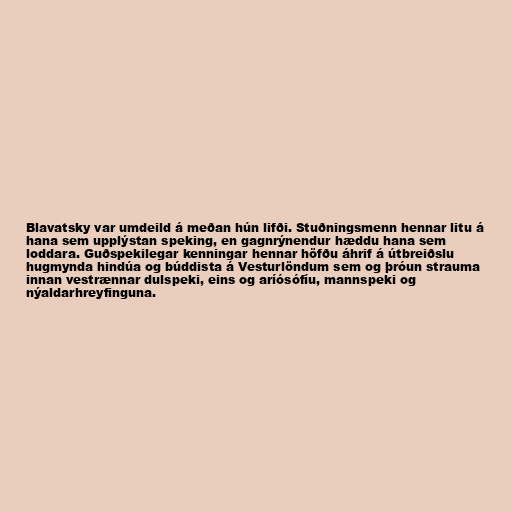
Blavatsky var umdeild á meðan hún lifði. Stuðningsmenn hennar litu á
hana sem upplýstan speking, en gagnrýnendur hæddu hana sem
loddara. Guðspekilegar kenningar hennar höfðu áhrif á útbreiðslu
hugmynda hindúa og búddista á Vesturlöndum sem og þróun strauma
innan vestrænnar dulspeki, eins og aríósófíu, mannspeki og
nýaldarhreyfinguna.